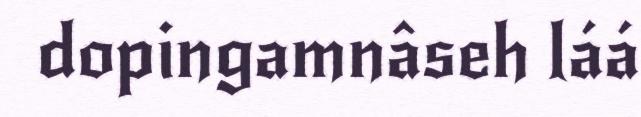
dopingamnâseh láá